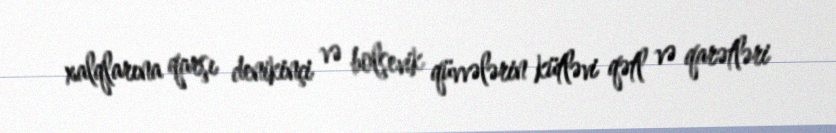
xalqlarına qarşı denikinçi və bolşevik qüvvələrin kütləvi qətl və qarətləri